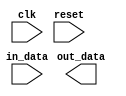
module io_buffer (
    input wire clk,
    input wire reset,
    input wire [7:0] in_data,
    output wire [7:0] out_data
);

    // LVCMOS buffer functionality will go here...

endmodule